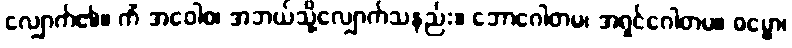
လျှောက်၏။ ကိံ အဝေါစ၊ အဘယ်သို့လျှောက်သနည်း။ ဘောဂေါတမ၊ အရှင်ဂေါတမ။ ဓမ္မော၊